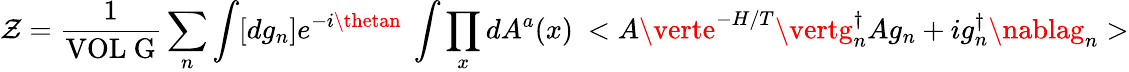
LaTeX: \mathcal{Z}=\frac{{1}}{{\mathrm{{VOL~G}}}}\sum_{n}\int[dg_{n}]e^{-i\thetan}~\int\prod_{x}dA^{a}(x)~<A\verte^{-H/T}\vertg_{n}^{\dagger}Ag_{n}+ig_{n}^{\dagger}\nablag_{n}>